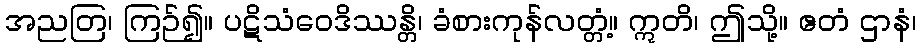
အညတြ၊ ကြဉ်၍။ ပဋိသံဝေဒိဿန္တိ၊ ခံစားကုန်လတ္တံ့။ ဣတိ၊ ဤသို့။ ဧတံ ဌာနံ၊